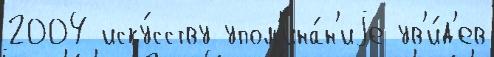
2004 иску́сству упом'ина́н'иjе ув'и́д'ев